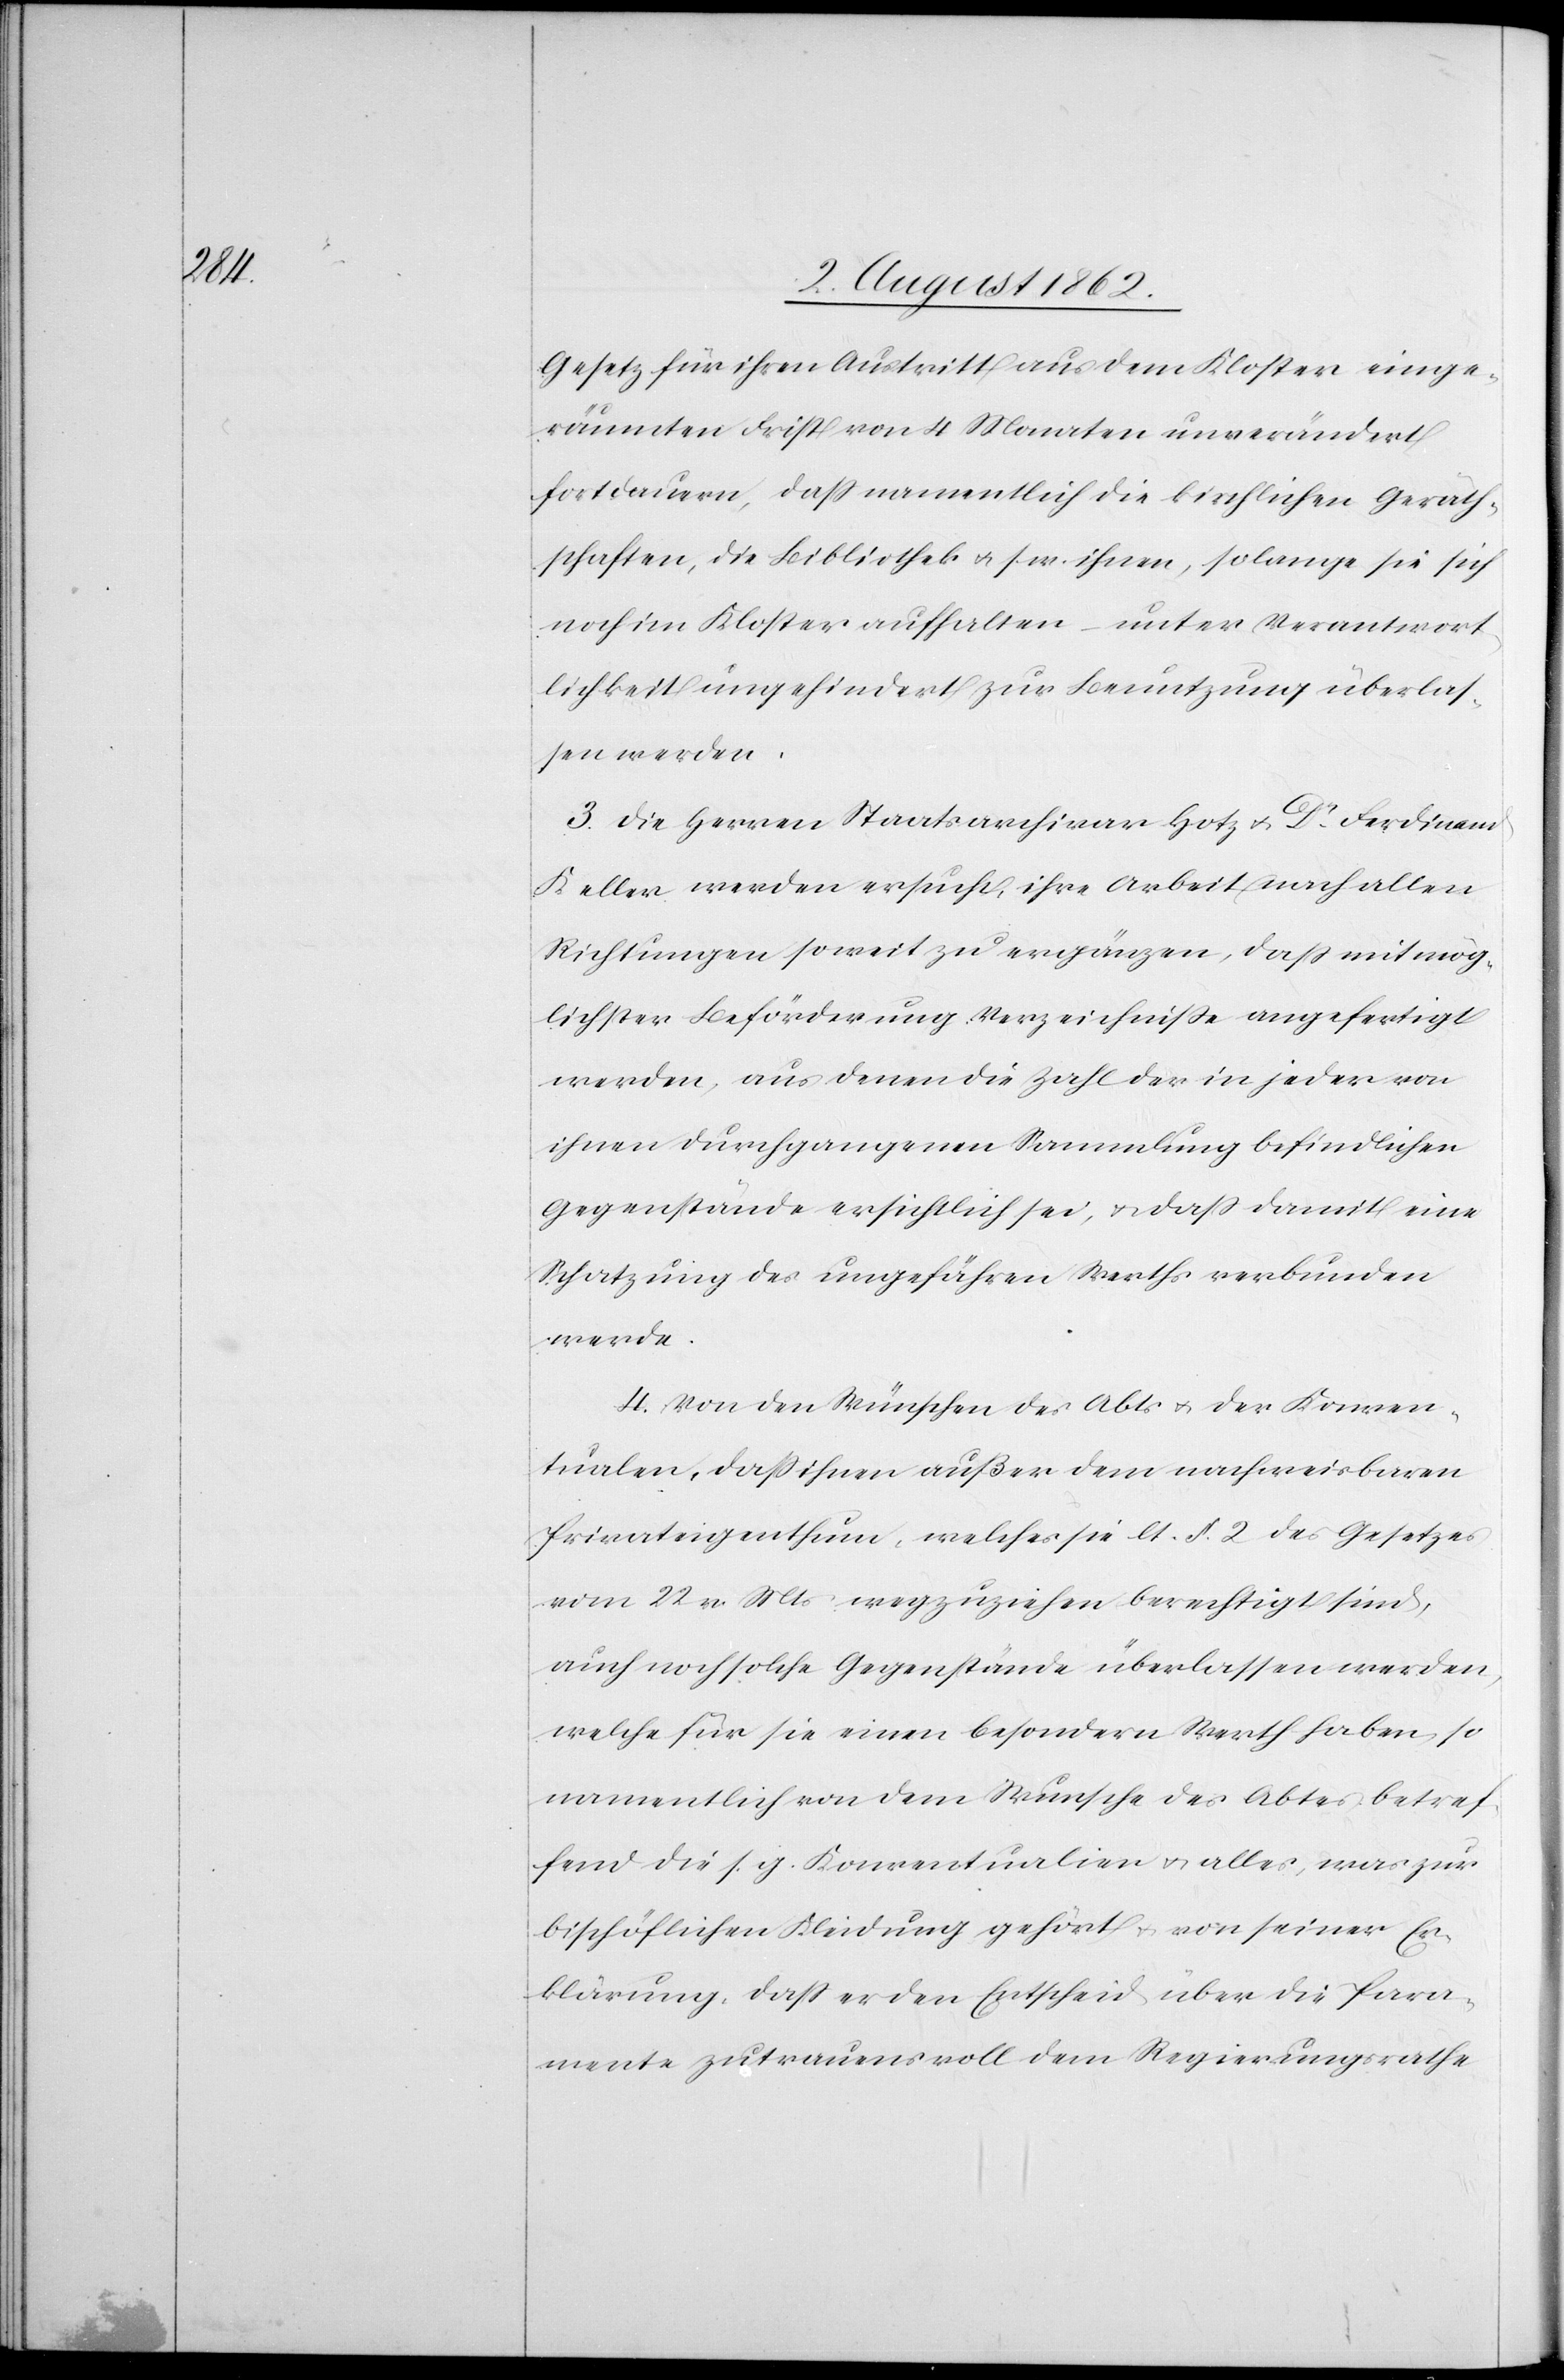
Gesetz für ihren Austritt aus dem Kloster einge¬
räumten Frist von 4 Monaten unverändert
fortdauern, daß namentlich die kirchlichen Geräth¬
schaften, die Bibliothek u. s. w. ihnen, so lange sie sich
noch im Kloster aufhalten – unter Verantwort¬
lichkeit ungehindert zur Benutzung überlas¬
sen werden.
3. Die Herren Staatsarchivar Hotz u. Dr. Ferdinand
Keller werden ersucht, ihre Arbeit nach allen
Richtungen soweit zu ergänzen, daß mit mög¬
lichster Beförderung Verzeichniße angefertigt
werden, aus denen die Zahl der in jeder von
ihnen durchgegangenen Sammlung befindlichen
Gegenstände ersichtlich sei, u. daß damit eine
Schatzung des ungefähren Werths verbunden
werde.
4. Von den Wünschen des Abts u. der Konven¬
tualen, daß ihnen außer dem nachweisbaren
Privateigenthum, welches sie lt. §. 2 des Gesetzes
vom 22. v. Mts. wegzuziehen berechtigt sind,
auch noch solche Gegenstände überlassen werden,
welche für sie einen besondern Werth haben, so
namentlich von dem Wunsche des Abtes betref¬
fend die s. g. Konventualien u. alles, was zur
bischöflichen Kleidung gehört u. von seiner Er¬
klärung, daß er den Entscheid über die Para¬
mente zutrauensvoll dem Regierungsrathe